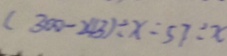
( 3 0 0 - 2 4 3 ) \div x = 5 7 \div x